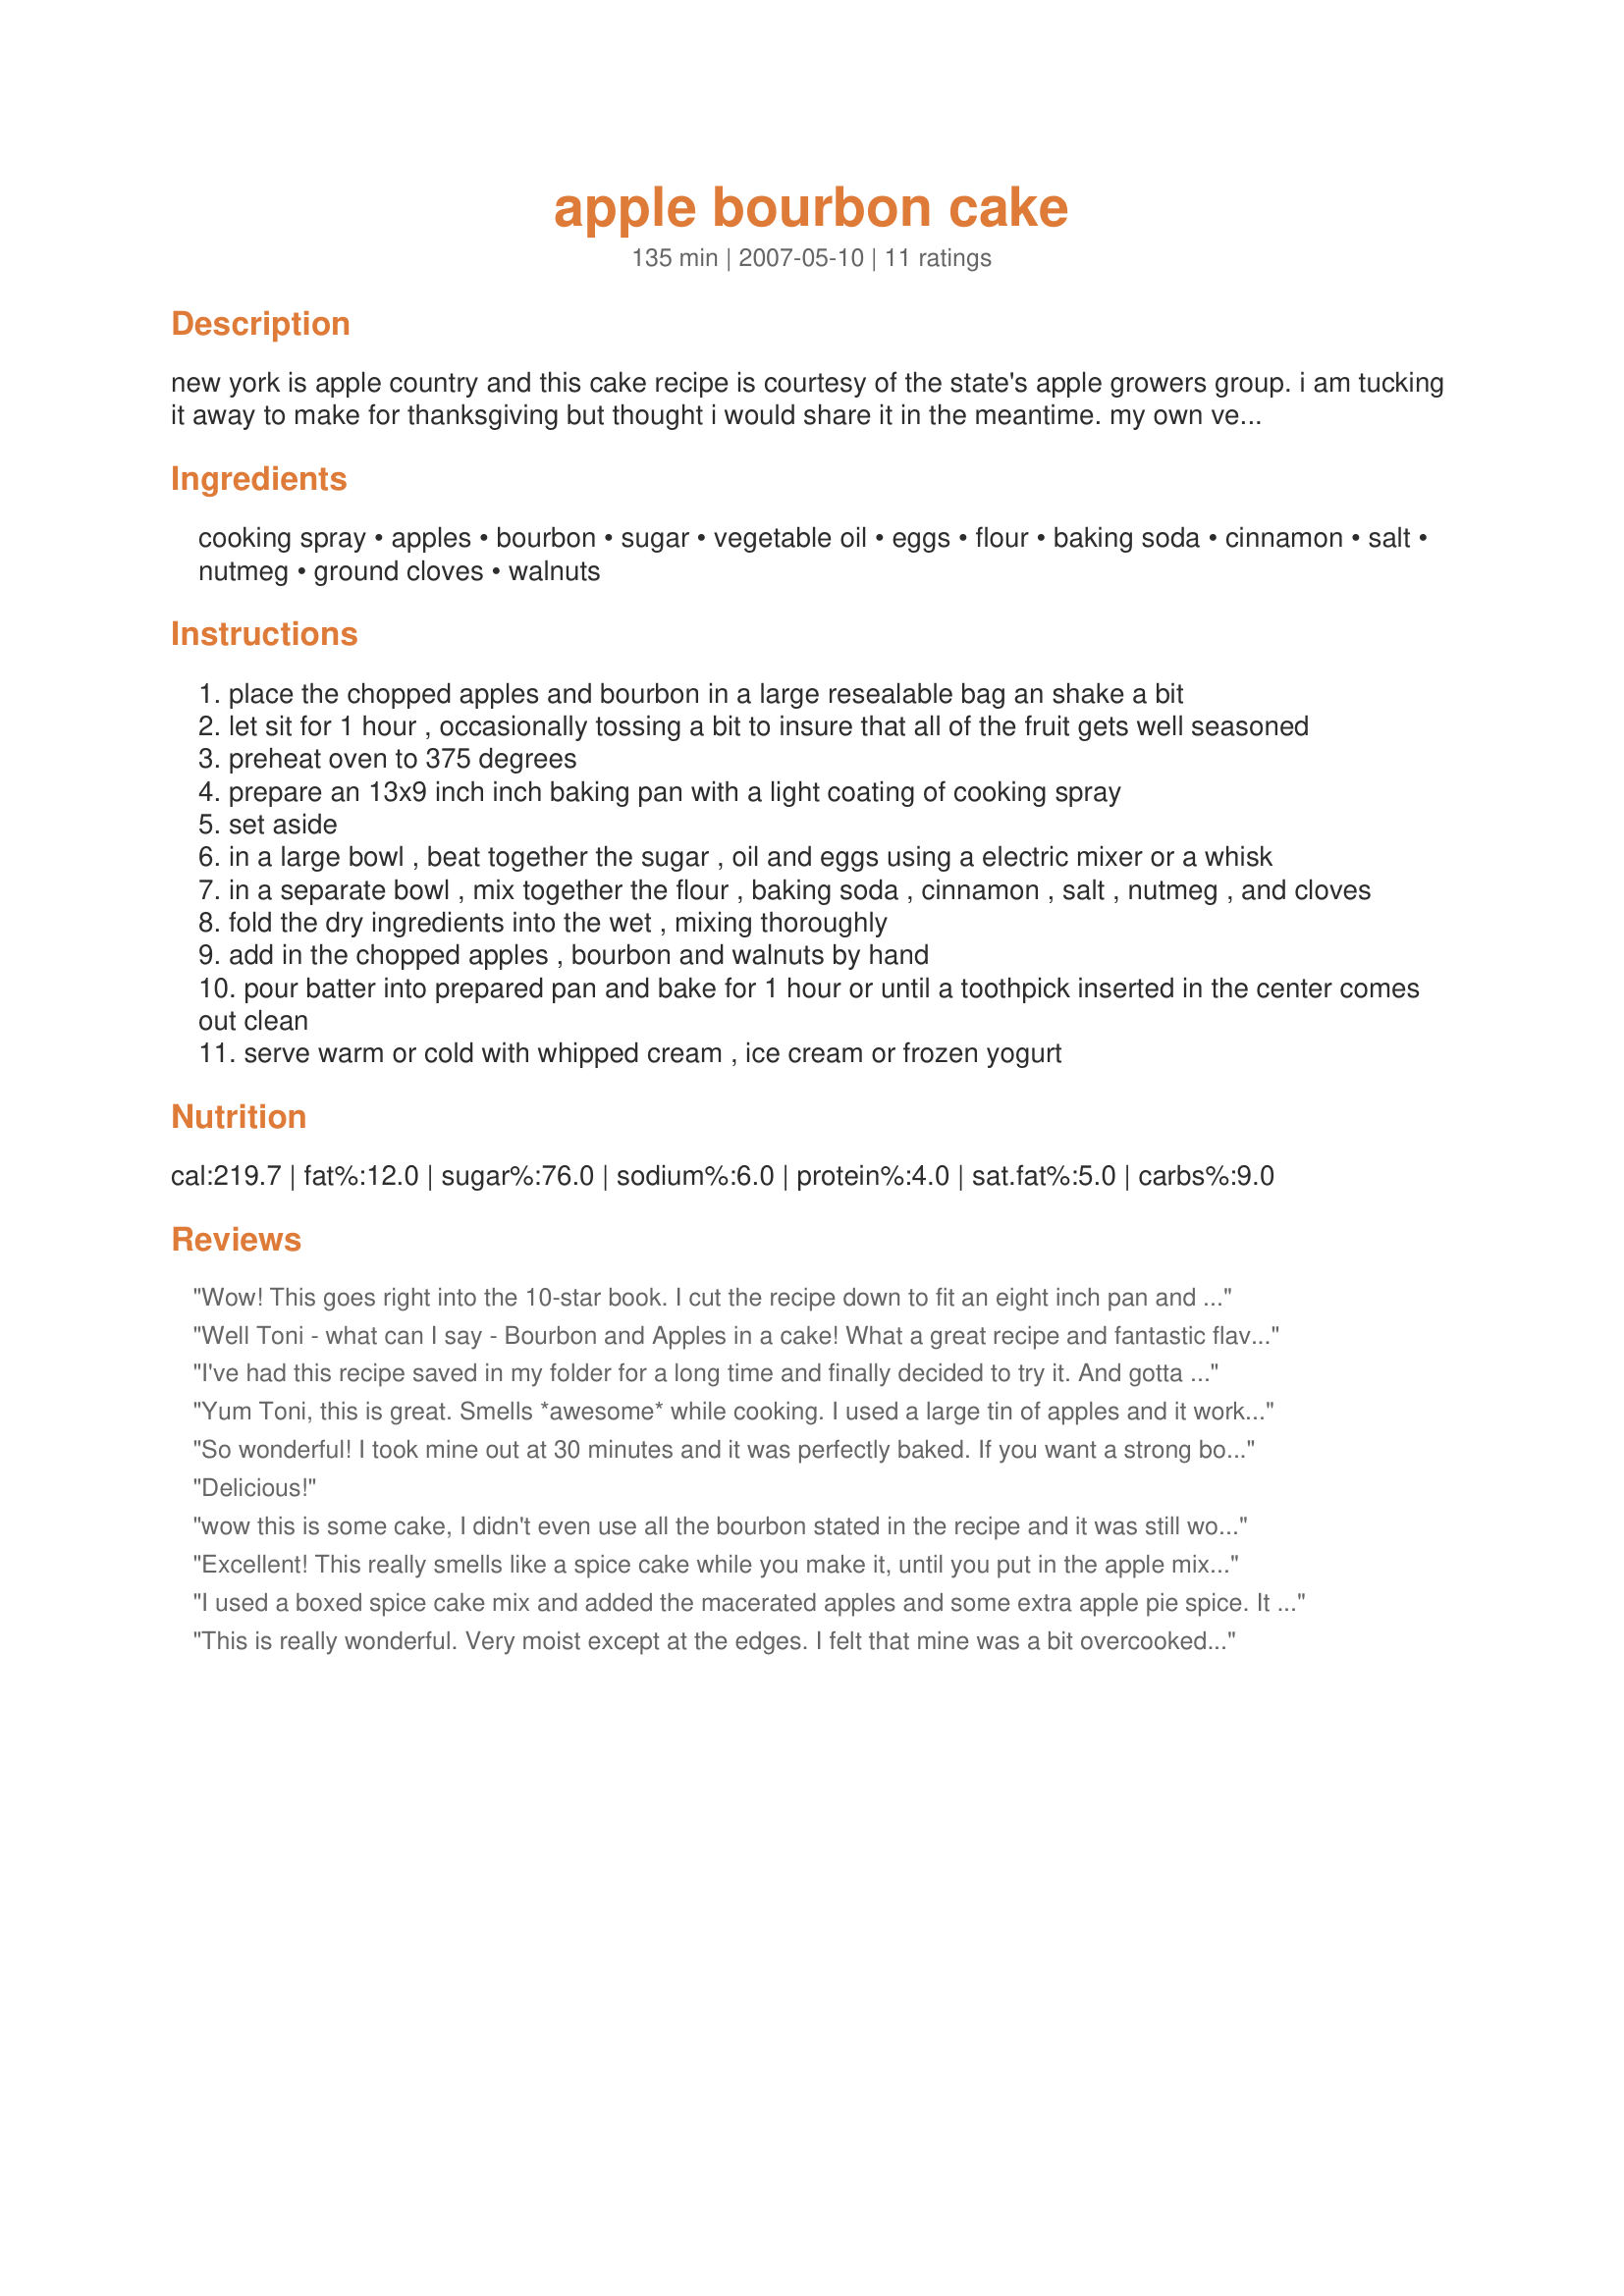
apple bourbon cake
Preparation time: 135 minutes

new york is apple country and this cake recipe is courtesy of the state's apple growers group. i am tucking it away to make for thanksgiving but thought i would share it in the meantime. my own version will probably include less sugar as we don't like things quite so sweet. please note the preparation time include an hour of soaking time.

Ingredients:
cooking spray, apples, bourbon, sugar, vegetable oil, eggs, flour, baking soda, cinnamon, salt, nutmeg, ground cloves, walnuts

Steps:
place the chopped apples and bourbon in a large resealable bag an shake a bit
let sit for 1 hour , occasionally tossing a bit to insure that all of the fruit gets well seasoned
preheat oven to 375 degrees
prepare an 13x9 inch inch baking pan with a light coating of cooking spray
set aside
in a large bowl , beat together the sugar , oil and eggs using a electric mixer or a whisk
in a separate bowl , mix together the flour , baking soda , cinnamon , salt , nutmeg , and cloves
fold the dry ingredients into the wet , mixing thoroughly
add in the chopped apples , bourbon and walnuts by hand
pour batter into prepared pan and bake for 1 hour or until a toothpick inserted in the center comes out clean
serve warm or cold with whipped cream , ice cream or frozen yogurt

Reviews:
Wow! This goes right into the 10-star book. I cut the recipe down to fit an eight inch pan and used tart Washington apples (the REAL apple country :) ). The spices were right on and the cake was very moist. Mine also was a bit overdone at the edges, so I will bake a shorter time next time. Served cooled but will try it warm next time with a scoop of vanilla bean ice cream.
Well Toni - what can I say - Bourbon and Apples in a cake! What a great recipe and fantastic flavour.....also VERY moist. I made one small sub - one of my guests has a nut allergy, so NO nuts were added this time - but everything else was as stated. Oh hang on - I could NOT get NY State apples either - used French Braeburns!! I made it in an oval baking dish, as I served it as a "pudding" tonight. I served it warm with creme fraiche and a dusting of cinnamon on top! My husband raved about the Bourbon flavour - he loved it and he does not have a sweet tooth generally, so it was 10 stars from him! A wonderful recipe which is a keeper - thanks Toni! FT:-)
I've had this recipe saved in my folder for a long time and finally decided to try it. And gotta tell ya'll.....I don't know why it sat there for so long without me makin it!!! This is one of the most delicious cakes I've ever made!!!! I didn't add the nuts and I added more apple than it called for but that was because they needed to be used. They were from last fall so not really juicy so I decided it would be ok to add more than called for. I wasn't sure it would turn out as moist as it could be with really juicy apples but it turned out fantastic. The marriage of bourbon, apples and the spices are perfect!!! DH loved it and he informed me he would like it with ice cream :) This would be the perfect cake to serve with a scoop of ice cream or whipped cream. It's not an overly sweet cake which is another plus. We really prefer a less sweet cake and this one is perfect. Thanks for sharing Toni. I'll be baking this one many, many times. Bet I'm gunna be a popular pot luck contributor :) Just had another thought! Bet creamed cheese frosting would be good on this, too!
Yum Toni, this is great. Smells *awesome* while cooking. I used a large tin of apples and it worked perfectly. Served as suggested, warm with whipped cream.
UPDATE: After letting this cake sit for a couple of days, the flavours have really come through. Very moist with a wonderful bourbon flavour.
So wonderful! I took mine out at 30 minutes and it was perfectly baked. If you want a strong bourbon flavor, eat it warm, but for just a hit of bourbon, it definitely needs cool. I learned that after getting buzzed off the first piece! ;)
Delicious!
wow this is some cake, I didn't even use all the bourbon stated in the recipe and it was still wonderful, I used 1-1/2 teaspoons cinnamon, I may reduce the sugar amount slightly next time, what a great cake with wonderful flavor, thanks Mizz T
Excellent! This really smells like a spice cake while you make it, until you put in the apple mixture. The bourbon flavor is just wonderful. I cut the recipe in half and used an 8X8 pan and cooked it for 40 minutes. Came out great. I did use Washington State apples cuz that's where I live. :) This is a keeper. Thanks for posting.
I used a boxed spice cake mix and added the macerated apples and some extra apple pie spice. It worked well. Next time, I'll throw some raisins in with the apples.
This is really wonderful. Very moist except at the edges. I felt that mine was a bit overcooked on the edges. I will try it again, though, cooking it maybe 10 fewer minutes.
for a slightly sweeter taste use half regular bourbon and half honey bourbon. yum
